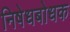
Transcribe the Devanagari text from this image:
निषेधबोधक